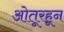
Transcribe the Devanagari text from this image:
ओतूरहून